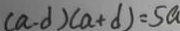
( a - d ) ( a + d ) = 5 a